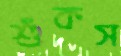
শুঁকস